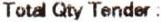
TOTAL QTY TENDER :